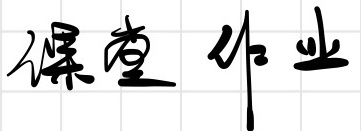
课堂 作业